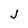
Character: J